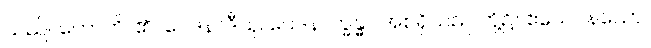
သည်။ ဟောတိ၊ ၏။ ဝေဒနာဒီသု၊ ဝေဒနာက္ခန္ဓာ အစရှိသည် တို့၌။ ဧသေဝနယော၊